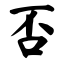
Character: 否